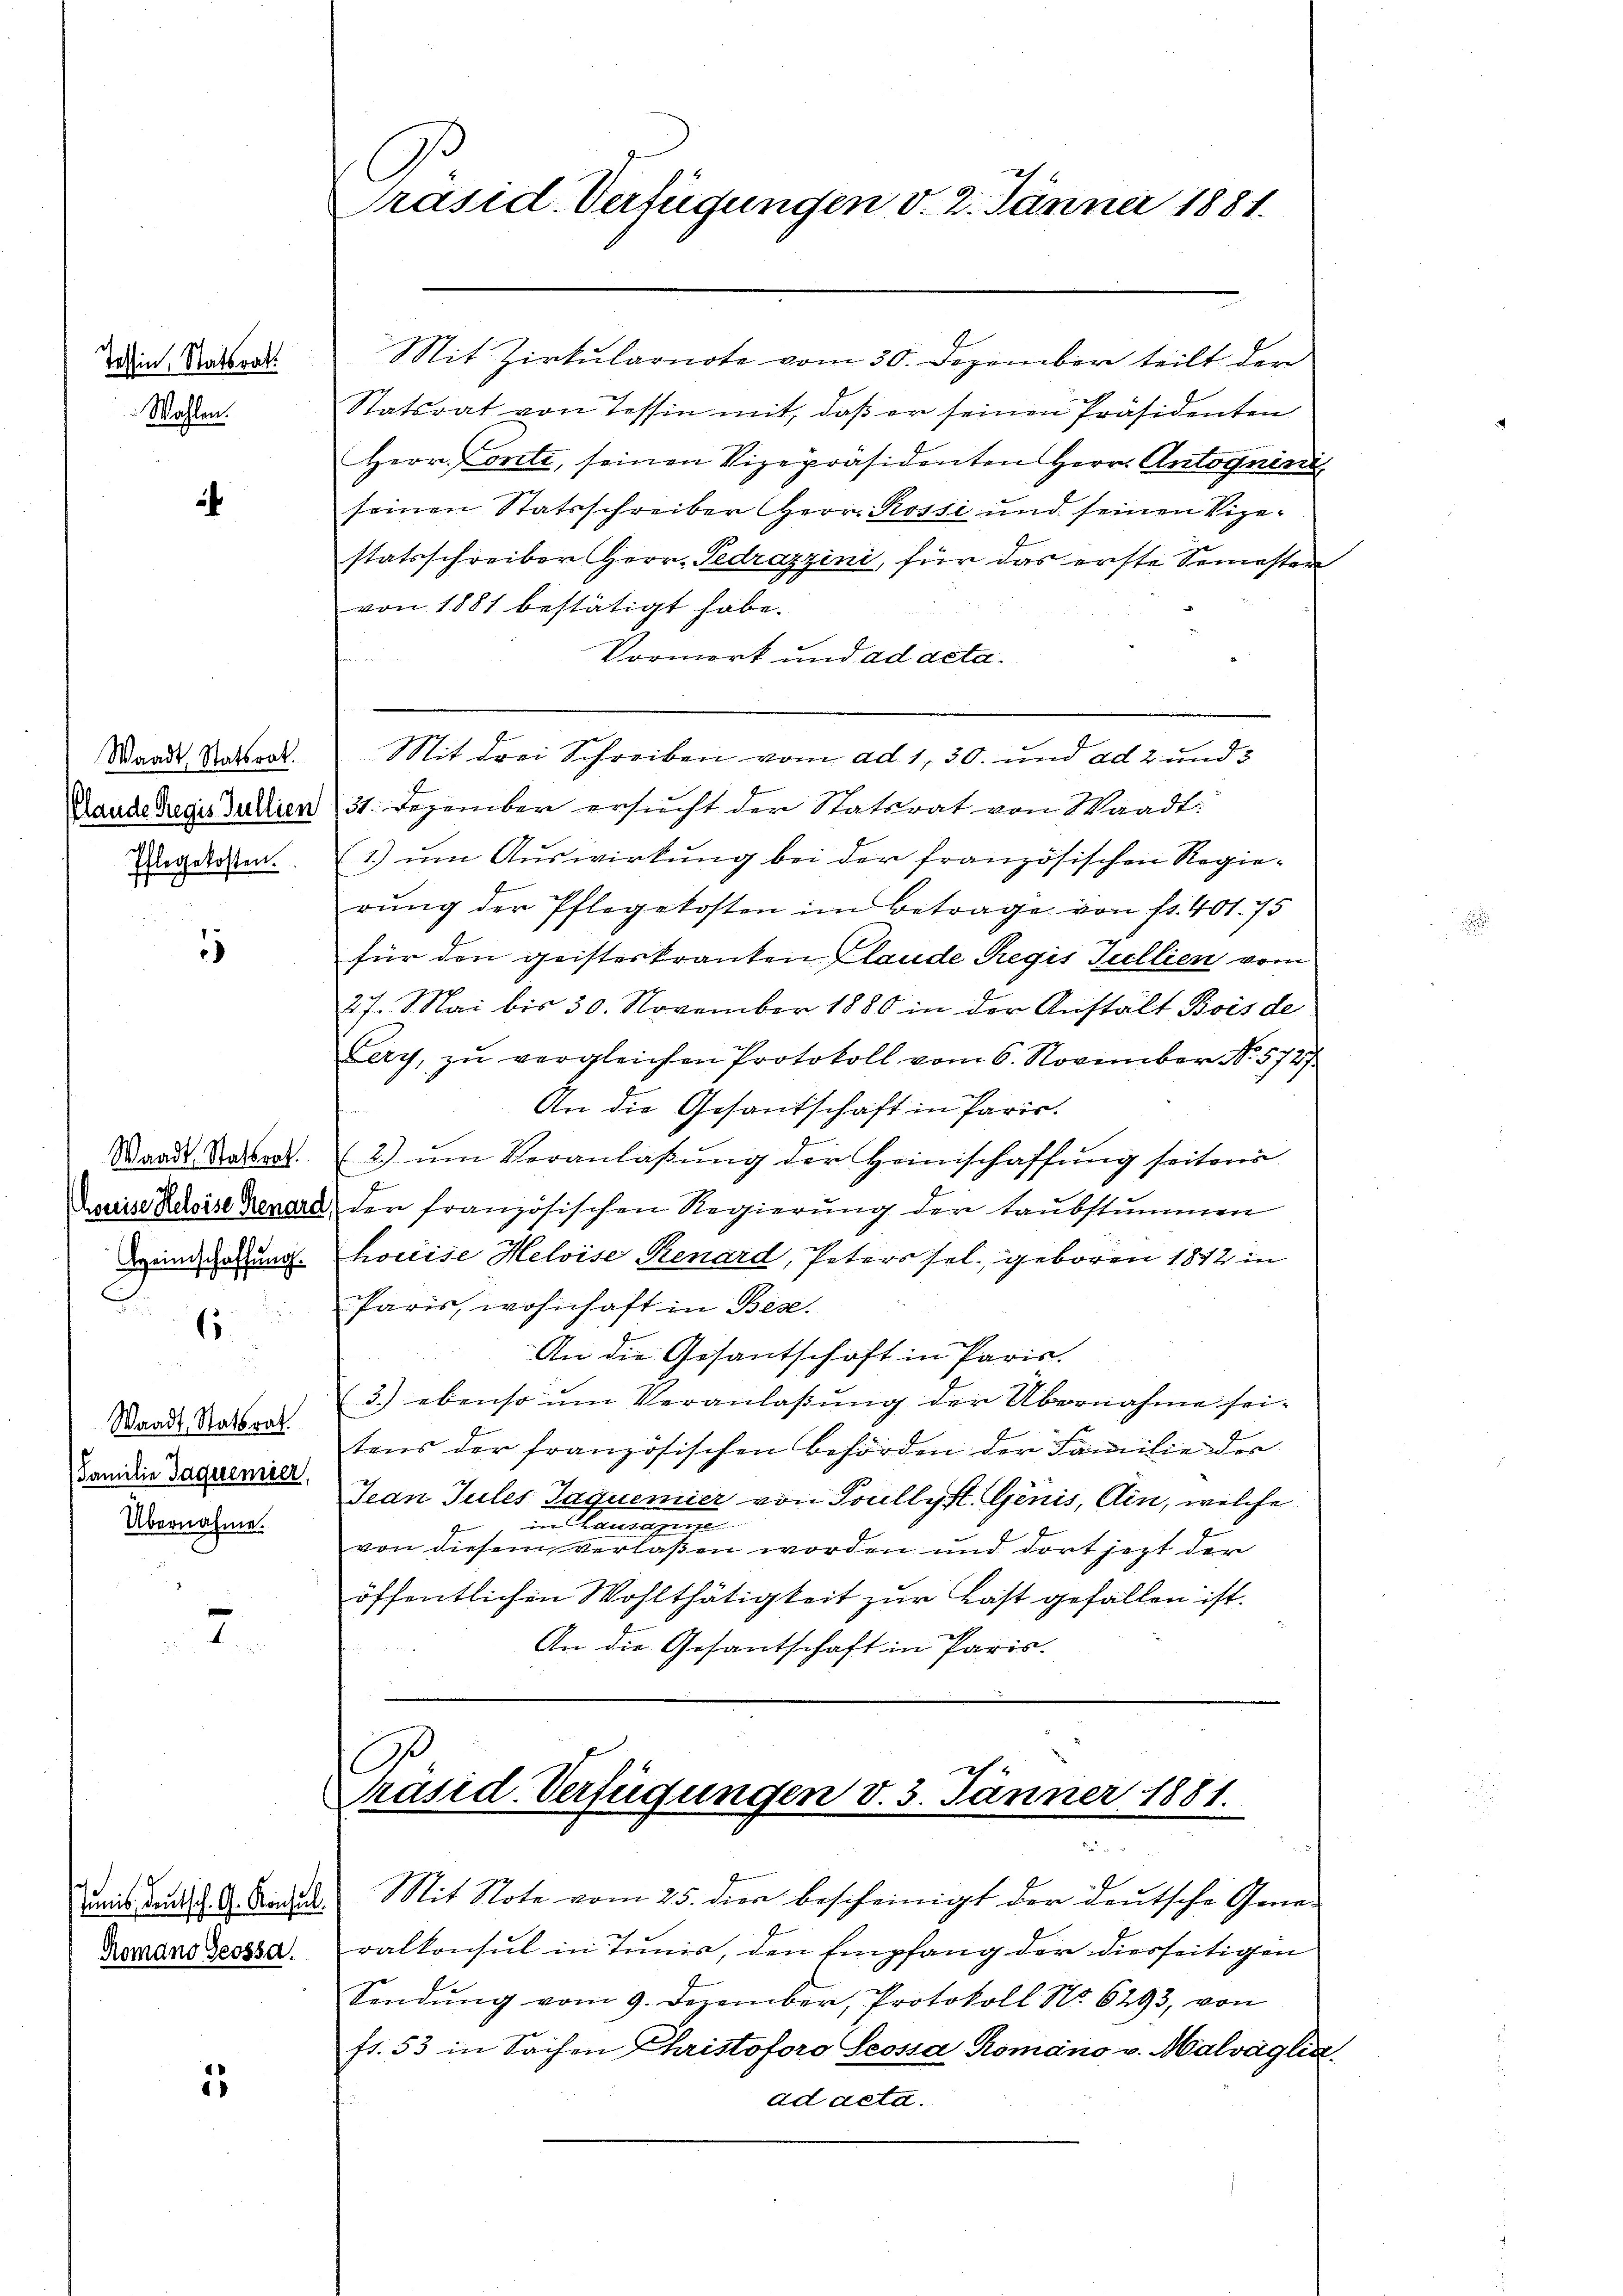
Tessin, Statsrat
Wahlen.

f

Waadt, Statsrat.
Pflegekosten.

¬

1

Waadt, Statsrat
Familie Jaquemier,
Übernahme.

7

Romano Geossa.

1

Mit Zirkularnote vom 30. Dezember teilt der
Statsrat von Tessin mit, daß er seinen Präsidenten
Herr Conti, seinen Vizepräsidenten Herrn Antognen,
seinen Statsschreiber Herr Rossi und seinen Vize-
statsschreiber Herr Gedrazzini, für das erste Semesten
von 1881 bestätigt habe.
Vormerk und ad acta.
Mit drei Schreiben vom ad 1, 30. und ad 2 und 3
Rande Regis Jullien 31. Dezember ersucht der Statsrat von Waadt:
(1.) um Auswirkung bei der französischen Regierung der Pflegekosten im Betrage von fr. 401. 75
für den geisteskranken Claude Regis Tullien vom
27. Mai bis 30. November 1880 in der Anstalt Bois de
Lery, zŭ vergleichen Protokoll vom 6. November No. 5727.
An die Gesantschaft in Paris.
s
Waadt Ratsart. 2) ŭm Veranlaβŭng der Heimschaffung seitens
Drise Kaise genare, der französischen Regierung der taubstummen
Minderung. Louise Helvise Renard, Peters sel. geboren 1812 in
Paris, wohnhaft in Beze

An die Gesantschaft in Paris.
3.) ebenso im Veranlaβŭng der Übernahme sei-
tens der französischen Behörden der Familie des
Jean Tules Jaquemier von Toullyst. Genis, Ain, welche
in Manne
von diesem verlassen worden und dort jezt der
öffentlichen Wohlthätigkeit zur Last gefallen ist.
An die Gesantschaft in Paris.

(
Präsid. Verfügungen v. 2. Jänner 1881.

Präsid. Verfügungen v. 3. Jänner 1881.
d

mnis und d. d. Baden Mit Note vom 25. dien bescheinigt der deutsche Gener
ralkonsul in Tunis, den Empfang der diesseitigen
Sendung vom 9. Dezember, Protokoll No 6293, von
fr. 53 in Sachen Christoforo Seossa Romano v. Malvaglin
ad acta.